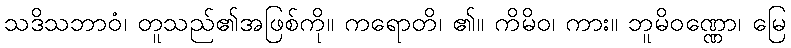
သဒိသဘာဝံ၊ တူသည်၏အဖြစ်ကို။ ကရောတိ၊ ၏။ ကိမိဝ၊ ကား။ ဘူမိဝဏ္ဏော၊ မြေ